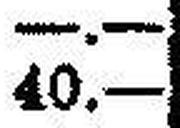
40.—